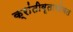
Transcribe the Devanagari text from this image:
क्रांतीवृतासोबत